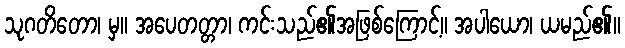
သုဂတိတော၊ မှ။ အပေတတ္တာ၊ ကင်းသည်၏အဖြစ်ကြောင့်။ အပါယော၊ ယမည်၏။